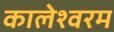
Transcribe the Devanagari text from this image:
कालेश्वरम